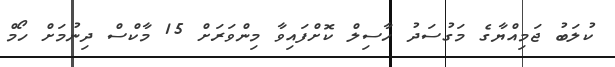
ކުލަބު ޖަމިއްޔާގެ މަގުސަދު ހާސިލް ކޮށްފައިވާ މިންވަރަށް 15 މާކްސް ދިނުމަށް ހޯމް